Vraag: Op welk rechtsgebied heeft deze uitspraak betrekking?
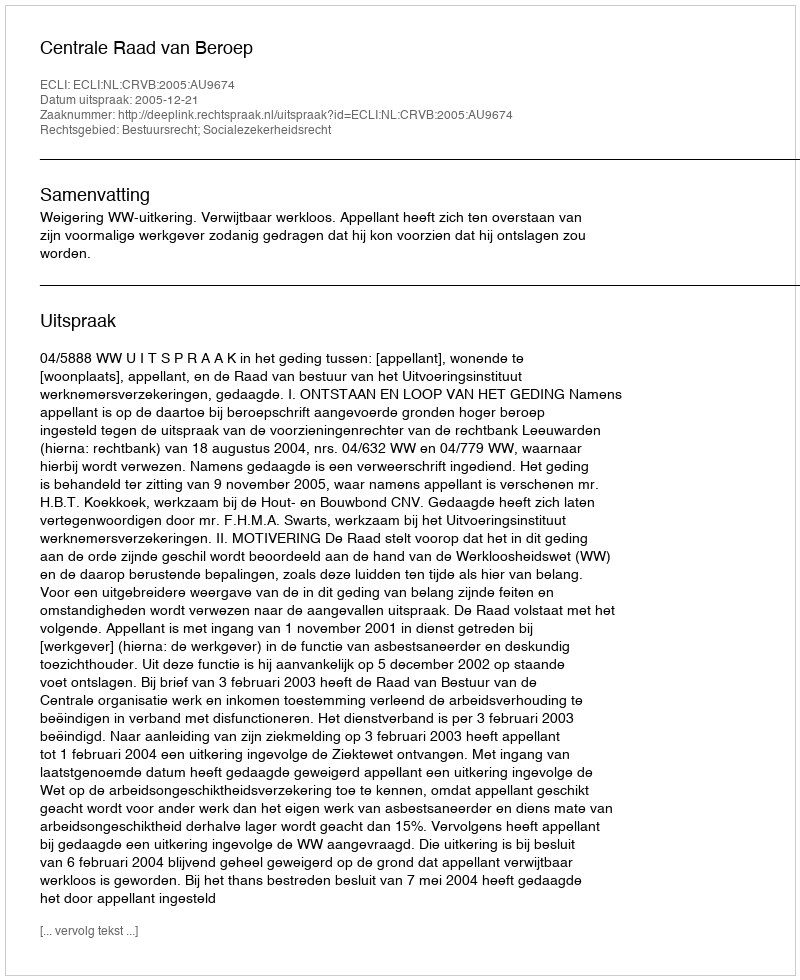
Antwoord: Bestuursrecht; Socialezekerheidsrecht